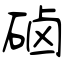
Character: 硵